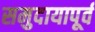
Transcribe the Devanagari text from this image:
समुदायापूर्व